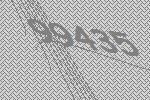
99435